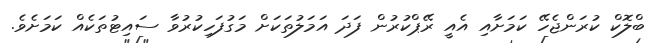
ބްލޮކް ކުރަންޖެހޭ ކަމަށާއި އެއީ ރޭޕްކުރުން ފަދަ އަމަލުތަކަށް މަގުފަހިކުރުވާ ސައިޓުތަކެއް ކަމަށެވެ.